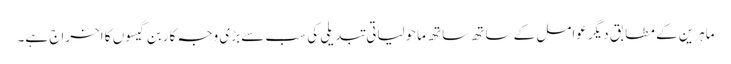
ماہرین کے مطابق دیگر عوامل کے ساتھ ساتھ ماحولیاتی تبدیلی کی سب سے بڑی وجہ کاربن گیسوں کا اخراج ہے۔